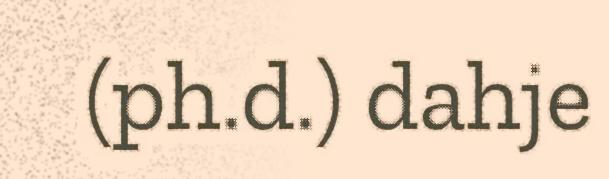
(ph.d.) dahje